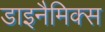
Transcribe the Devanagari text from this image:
डाइनैमिक्स